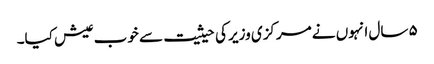
۵ سال انہوں نے مرکزی وزیر کی حیثیت سے خوب عیش کیا۔